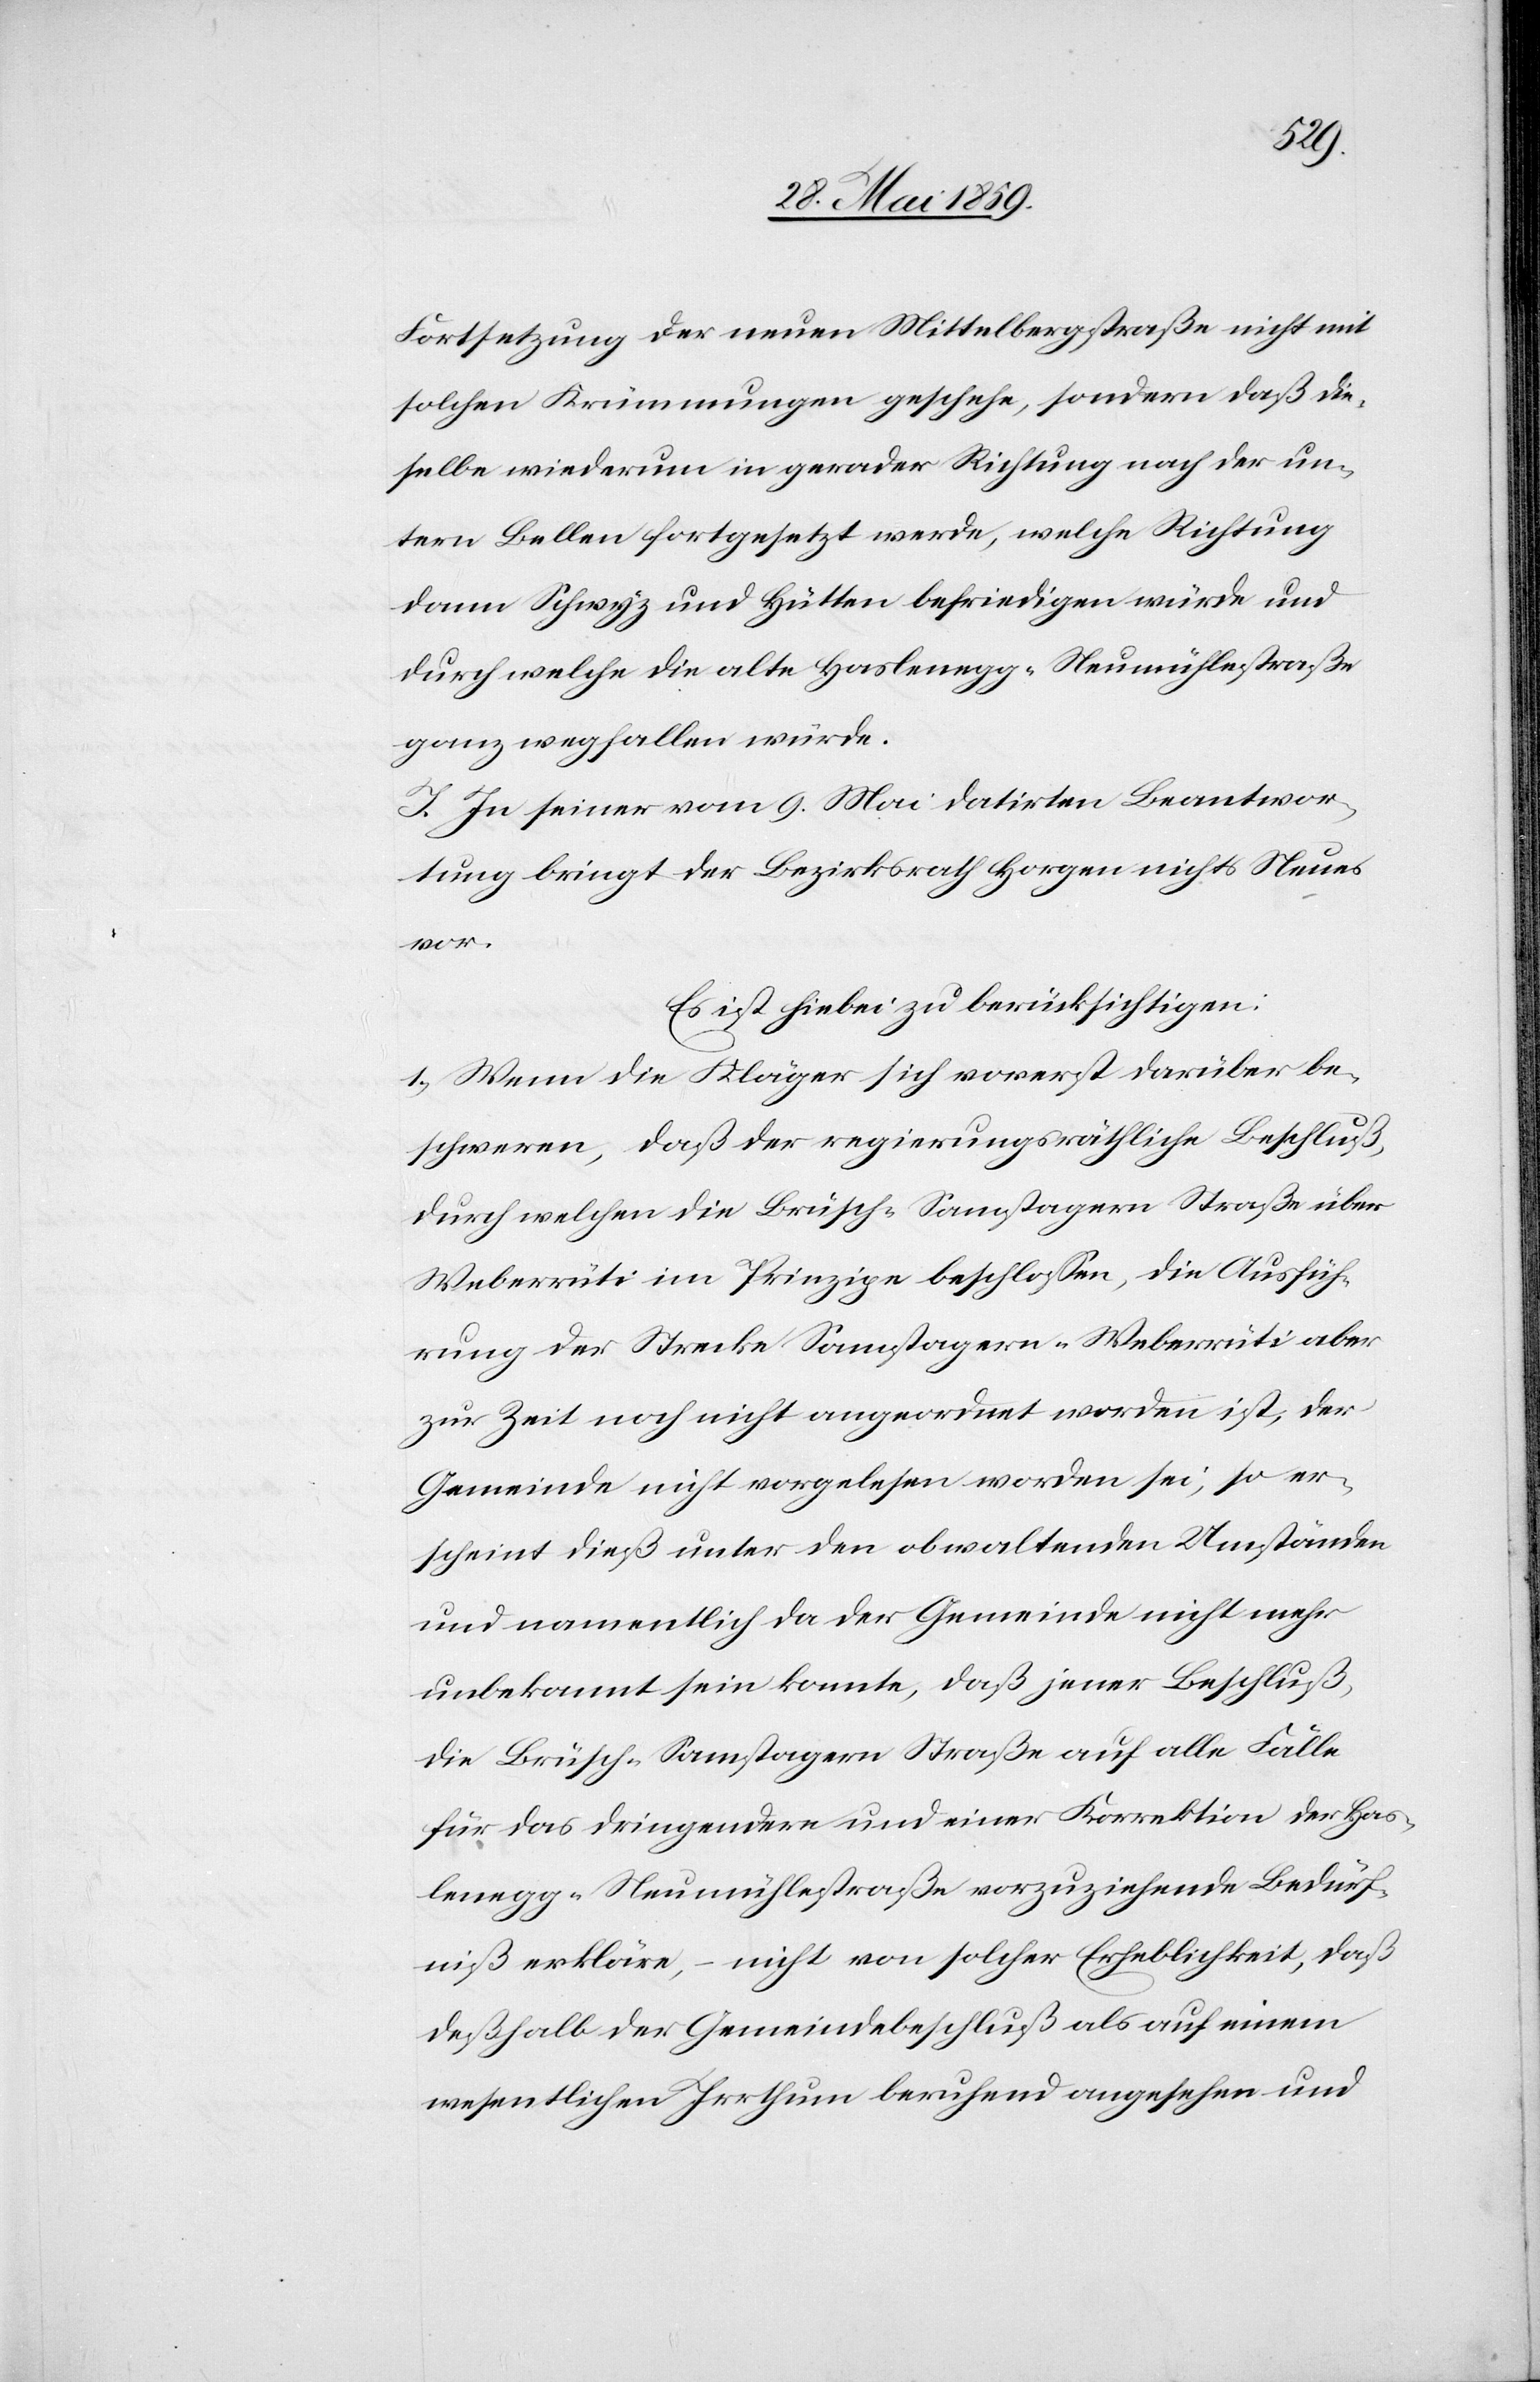
Fortsetzung der neuen Mittelbergstraße nicht mit
solchen Krümmungen geschehe, sondern daß die¬
selbe wiederum in gerader Richtung nach der un¬
tern Bellen fortgesetzt werde, welche Richtung
dann Schwyz und Hütten befriedigen würde und
durch welche die alte Haslenegg–Neumühlestraße
ganz wegfallen würde.
I. In seiner vom 9. Mai datirten Beantwor¬
tung bringt der Bezirksrath Horgen nichts Neues
vor.
Es ist hiebei zu berücksichtigen:
1) Wenn die Kläger sich vorerst darüber be¬
schweren, daß der regierungsräthliche Beschluß,
durch welchen die Brüsch–Samstagern Straße über
Weberrüti im Prinzipe beschlossen, die Ausfüh¬
rung der Strecke Samstagern–Weberrüti aber
zur Zeit noch nicht angeordnet worden ist, der
Gemeinde nicht vorgelesen worden sei, so er¬
scheint dieß unter den obwaltenden Umständen
und namentlich da der Gemeinde nicht mehr
unbekannt sein konnte, daß jener Beschluß,
die Brüsch–Samstagern Straße auf alle Fälle
für das dringendere und einer Korrektion der Has¬
lenegg–Neumühlestraße vorzuziehende Bedürf¬
niß erkläre, – nicht von solcher Erheblichkeit, daß
deßhalb der Gemeindebeschluß als auf einem
wesenthlichen Irrthum beruhend angesehen und